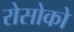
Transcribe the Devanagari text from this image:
रोसोको